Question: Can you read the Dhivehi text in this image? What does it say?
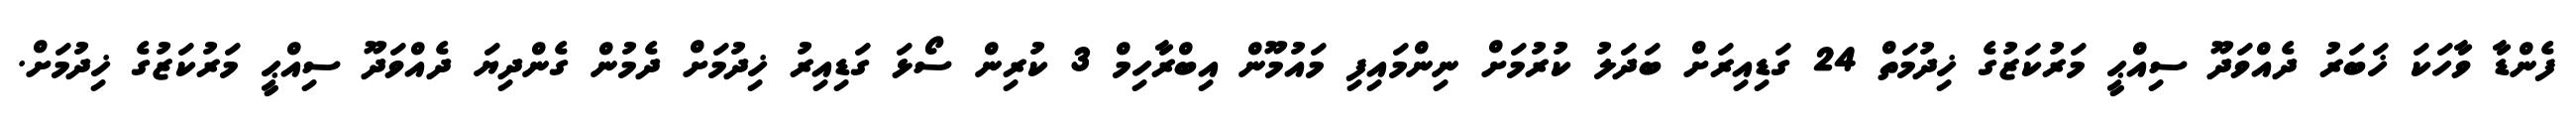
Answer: ފެންޑާ ވާހަކަ ޚަބަރު ދެއްވަދޫ ސިއްޙީ މަރުކަޒުގެ ޚިދުމަތް 24 ގަޑިއިރަށް ބަދަލު ކުރުމަށް ނިންމައިފި މައުމޫން އިބްރާހިމް 3 ކުރިން ސޯޅަ ގަޑިއިރު ޚިދުމަށް ދެމުން ގެންދިޔަ ދެއްވަދޫ ސިއްޙީ މަރުކަޒުގެ ޚިދުމަށް.